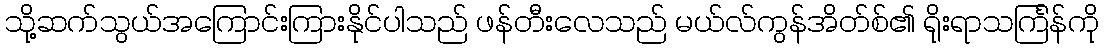
သို့ဆက်သွယ်အကြောင်းကြားနိုင်ပါသည် ဖန်တီးလေသည် မယ်လ်ကွန်အိတ်စ်၏ ရိုးရာသင်္ကြန်ကို